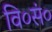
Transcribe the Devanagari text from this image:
वि०सं०